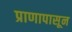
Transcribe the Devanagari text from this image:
प्राणापासून